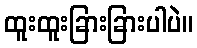
ထူးထူးခြားခြားပါပဲ။